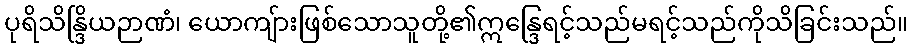
ပုရိသိန္ဒြိယဉာဏံ၊ ယောကျ်ားဖြစ်သောသူတို့၏ဣန္ဒြေရင့်သည်မရင့်သည်ကိုသိခြင်းသည်။